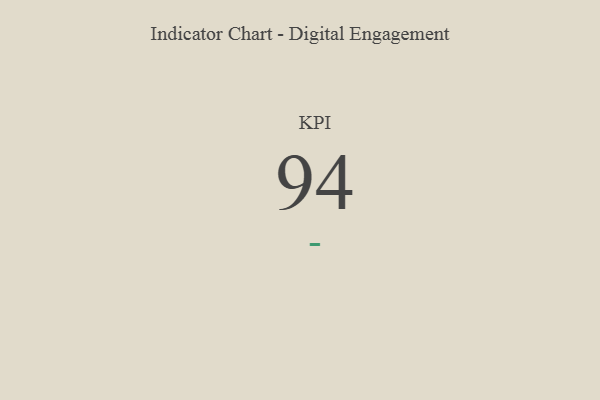
{"axis": {"x": "KPI", "y": "Value"}, "legend": [""], "data": [{"x": "KPI", "y": 94, "type": ""}]}